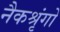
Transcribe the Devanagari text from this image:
नैकश्रृंगो